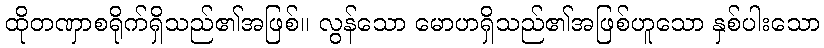
ထိုတဏှာစရိုက်ရှိသည်၏အဖြစ်။ လွန်သော မောဟရှိသည်၏အဖြစ်ဟူသော နှစ်ပါးသော